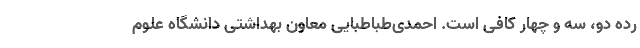
رده دو، سه و چهار کافی است. احمدی‌طباطبایی معاون بهداشتی دانشگاه علوم